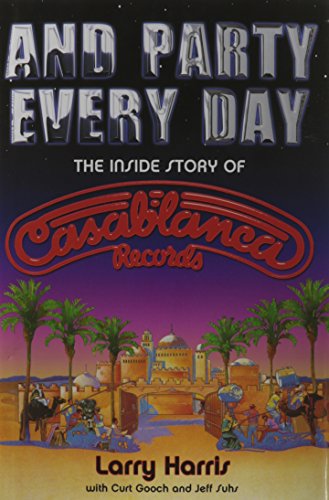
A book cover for And Party Every Day: The Inside Story Of Casablanca Records; Larry Harris; Arts & Photography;